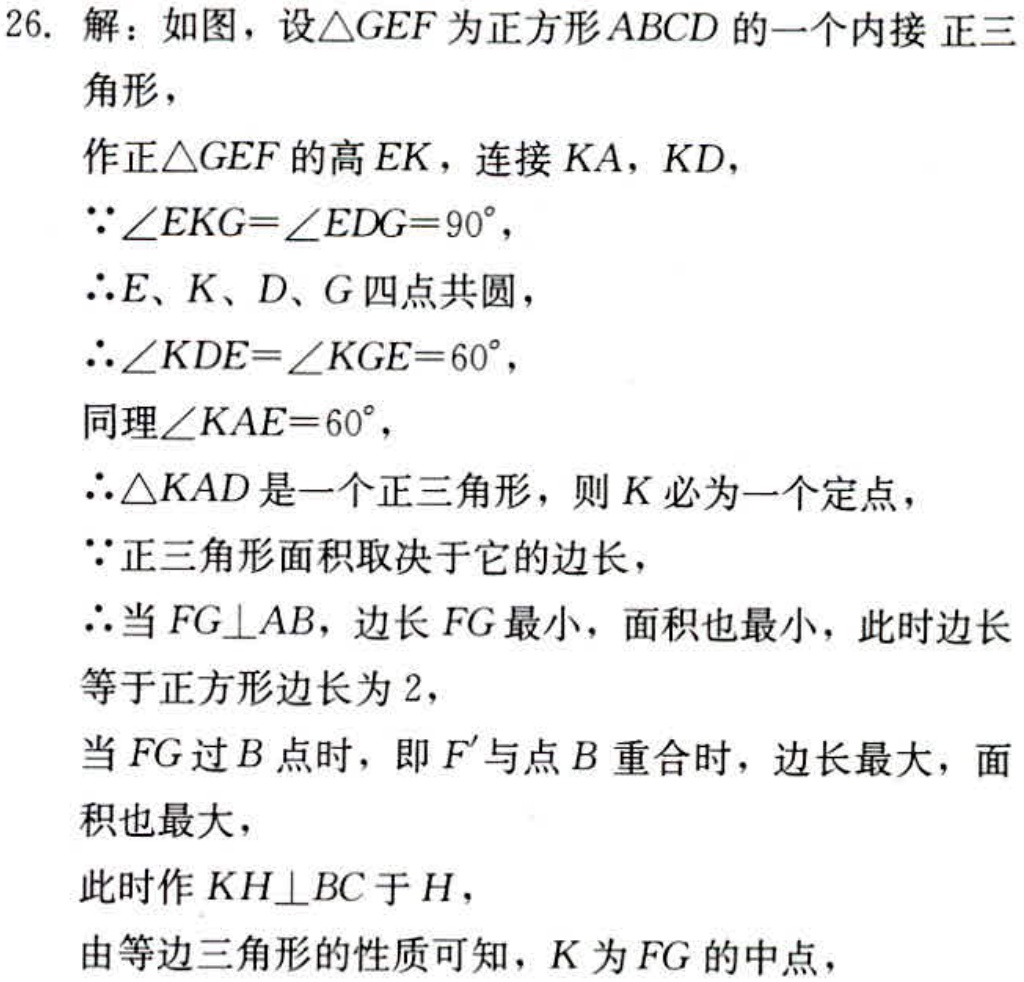
26. 解：如图，设\(\triangle GEF\)为正方形\(ABCD\)的一个内接正三
角形，
作正\(\triangle GEF\)的高\(EK\)，连接\(KA\)，\(KD\)，
\(\because\angle EKG = \angle EDG = 90^{\circ}\)，
\(\therefore E、K、D、G\)四点共圆，
\(\therefore\angle KDE=\angle KGE = 60^{\circ}\)，
同理\(\angle KAE = 60^{\circ}\)，
\(\therefore\triangle KAD\)是一个正三角形，则\(K\)必为一个定点，
\(\because\)正三角形面积取决于它的边长，
\(\therefore\)当\(FG\perp AB\)，边长\(FG\)最小，面积也最小，此时边长
等于正方形边长为\(2\)，
当\(FG\)过\(B\)点时，即\(F'\)与点\(B\)重合时，边长最大，面
积也最大，
此时作\(KH\perp BC\)于\(H\)，
由等边三角形的性质可知，\(K\)为\(FG\)的中点，